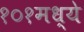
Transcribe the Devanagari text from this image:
१०१मध्ये